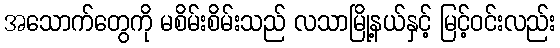
အသောက်တွေကို မစိမ်းစိမ်းသည် လသာမြို့နယ်နှင့် မြင့်ဝင်းလည်း